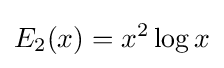
E_{2}(x)=x^{2}\log x